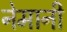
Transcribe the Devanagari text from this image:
नेमानी